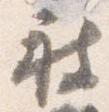
被